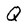
Character: Q